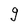
Character: g